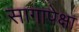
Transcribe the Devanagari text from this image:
सागापेक्षा